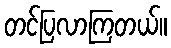
တင်ပြလာကြတယ်။